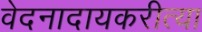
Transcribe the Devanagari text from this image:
वेदनादायकरीत्या